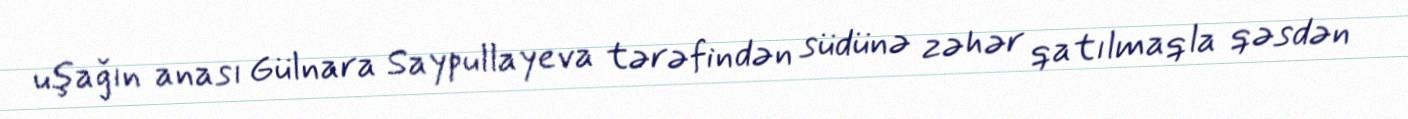
uşağın anası Gülnara Saypullayeva tərəfindən südünə zəhər qatılmaqla qəsdən